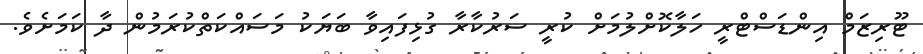
ޓޫރިޒަމް އިންޑަސްޓްރީ ހަލާކޮށްލުމަށް ކުރީ ސަރުކާރާ ގުޅިފައިވާ ބަޔަކު މަސައްކަތްކުރަމުން ދާ ކަމަށެވެ.